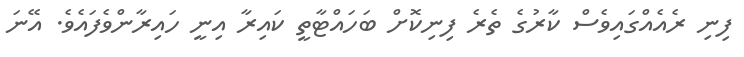
ފިނި ރެއެއްގައިވެސް ކާރުގެ ތެރެ ފިނިކޮށް ބަހައްޓާތީ ކައިރާ އިނީ ހައިރާންވެފައެވެ. އޭނަ